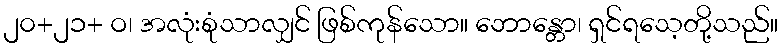
၂၀+၂၁+ ဝ၊ အလုံးစုံသာလျှင် ဖြစ်ကုန်သော။ ဘောန္တော၊ ရှင်ရသေ့တို့သည်။